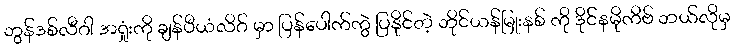
ဘွန်ဒစ်လီဂါ အရှုံးကို ချန်ပီယံလိဂ် မှာ ပြန်ပေါက်ကွဲ ပြနိုင်တဲ့ ဘိုင်ယန်မြုးနစ် ကို ဒိုင်နမိုကိဗ် ဘယ်လိုမှ